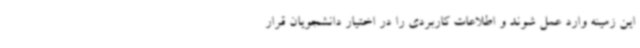
این زمینه وارد عمل شوند و اطلاعات کاربردی را در اختیار دانشجویان قرار